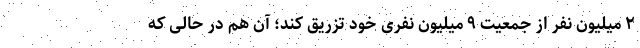
۲ میلیون نفر از جمعیت ۹ میلیون نفری خود تزریق کند؛ آن هم در حالی که